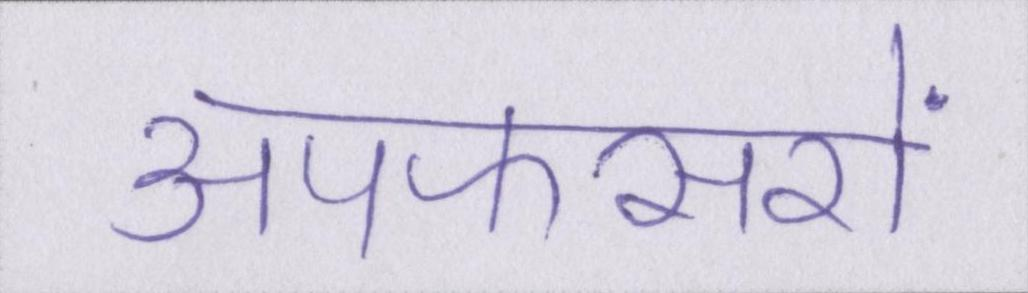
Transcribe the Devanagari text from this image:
अपफसरों